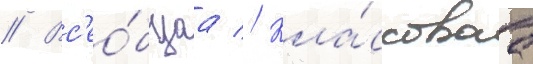
// Вс'ео́бщаа // Кла́ссоваа